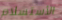
الأستسلام